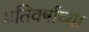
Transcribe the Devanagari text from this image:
प्रतिवर्षाच्या